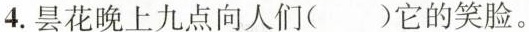
4.昙花晚上九点向人们()它的笑脸。